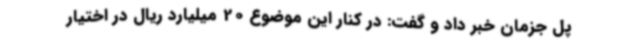
پل جزمان خبر داد و گفت: در کنار این موضوع 20 میلیارد ریال در اختیار